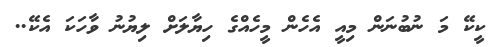
ކީކޭ މަ ނުބުނަން މިއީ އެހެން މީހެއްގެ ހިޔާލަށް ލިޔުނު ވާހަކަ އެކޭ..